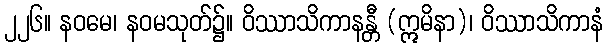
၂၂၆။ နဝမေ၊ နဝမသုတ်၌။ ဝိဿာသိကာနန္တီ (ဣမိနာ)၊ ဝိဿာသိကာနံ